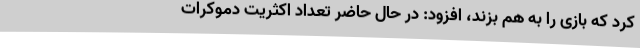
کرد که بازی را به هم بزند، افزود: در حال حاضر تعداد اکثریت دموکرات